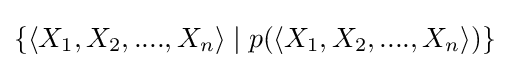
\{\langle X_{1},X_{2},....,X_{n}\rangle \mid p(\langle X_{1},X_{2},....,X_{n}\rangle )\}